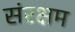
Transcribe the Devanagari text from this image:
संरक्षम